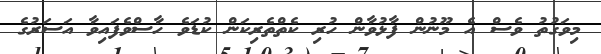
މިވަގުތު ވެސް އެ މޫނުން ފާޅުވާން ހުރި ކެތްތެރިކަން ކުޑަވެ ހާސްވެފައިވާ އަސަރުގެ